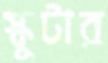
স্কুটার